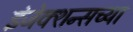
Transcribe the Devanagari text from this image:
इंजेक्शन्सच्या